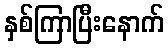
နှစ်ကြာပြီးနောက်